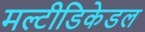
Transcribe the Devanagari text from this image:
मल्टीडिकेडल